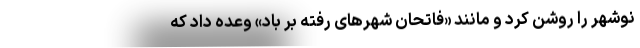
نوشهر را روشن کرد و مانند «فاتحان شهرهای رفته بر باد» وعده داد که